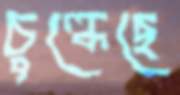
চুল্‌কেছে